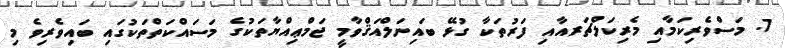
7. މަސްވެރިކަމާއި މެރިކަލްޗަރއާއި ފަރުތަކާ ގުޅޭ ބައިނަލްއަޤްވާމީ ޖަމްޢިއްޔާތަކުގެ މަސައްކަތްތަކުގައި ބައިވެރިވެ މި